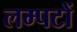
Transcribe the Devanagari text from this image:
लम्पटों